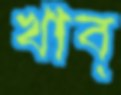
খাব্